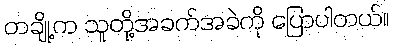
တချို့က သူတို့အခက်အခဲကို ပြောပါတယ်။